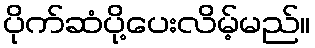
ပိုက်ဆံပို့ပေးလိမ့်မည်။